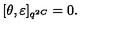
[ \theta , \varepsilon ] _ { q ^ { 2 C } } = 0 .